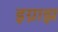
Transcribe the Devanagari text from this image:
इग्नाझ